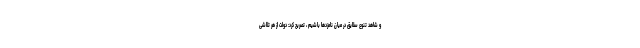
و شاهد تنوع سلایق در میان نامزدها باشیم ، تصریح کرد: دولت از هر تلاشی